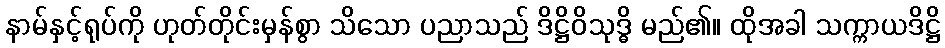
နာမ်နှင့်ရုပ်ကို ဟုတ်တိုင်းမှန်စွာ သိသော ပညာသည် ဒိဋ္ဌိဝိသုဒ္ဓိ မည်၏။ ထိုအခါ သက္ကာယဒိဋ္ဌိ